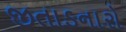
જીતાડનારો